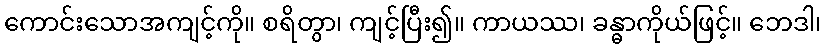
ကောင်းသောအကျင့်ကို။ စရိတွာ၊ ကျင့်ပြီး၍။ ကာယဿ၊ ခန္ဓာကိုယ်ဖြင့်။ ဘေဒါ၊